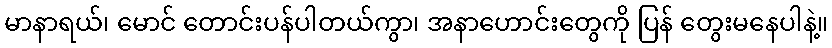
မာနာရယ်၊ မောင် တောင်းပန်ပါတယ်ကွာ၊ အနာဟောင်းတွေကို ပြန် တွေးမနေပါနဲ့။